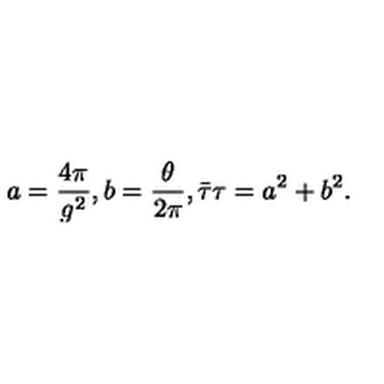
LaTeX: a = \frac { 4 \pi } { g ^ { 2 } } , b = \frac { \theta } { 2 \pi } , \bar { \tau } \tau = a ^ { 2 } + b ^ { 2 } .